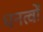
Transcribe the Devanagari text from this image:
धनत्वों